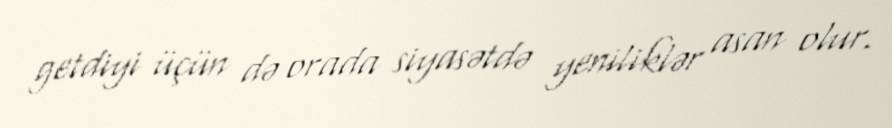
getdiyi üçün də orada siyasətdə yeniliklər asan olur.